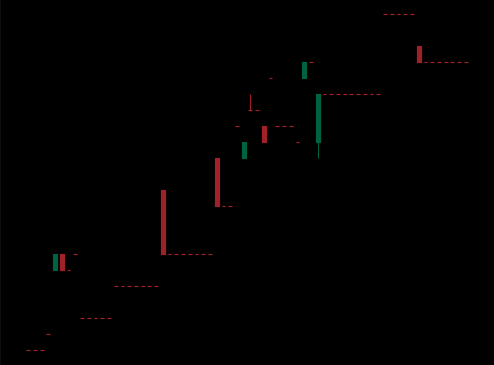
Pattern: bear_flag